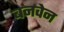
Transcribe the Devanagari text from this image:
बनवेन